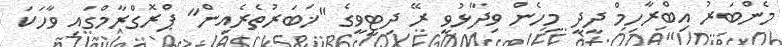
މެންބަރު އިބްރާހިމް ދީދީ މިހެން ވިދާޅުވީ ރޭ ދިޓީވީގެ "ޚަބަރުތެރެއިން" ޕްރޮގްރާމްގައި ވާހަކަ